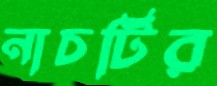
নাচটির